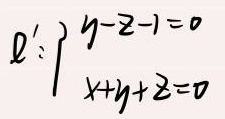
\begin{align*}
l':&\begin{cases}
y - z - 1 = 0\\
x + y + z = 0
\end{cases}
\end{align*}